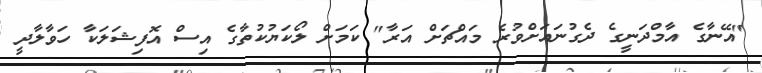
"އޭނާގެ އާމްދަނީގެ ދެގުނައަށްވުރެ މައްޗަށް އަރާ" ކަމަށް ލޯކަޔުކުތާގެ އިސް އޮފިޝަލަކާ ހަވާލާދީ